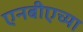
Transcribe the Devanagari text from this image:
एनबीएच्या